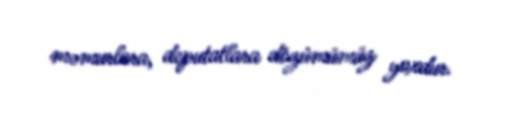
məmurlara, deputatlara dözümümüz yoxdur.